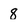
Character: 8